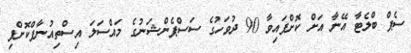
ސެޕް ބްލެޓާ އޭނާ އަށް ކޮށްފައިވާ 90 ދުވަހުގެ ސަސްޕެންޝަނުގެ މައްސަލަ އިސްތިއުނާފްކޮށްފި